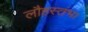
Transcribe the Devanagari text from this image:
लौहस्तंभ।